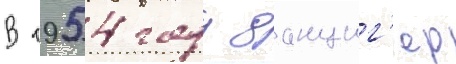
В 1954 году данциг'ер